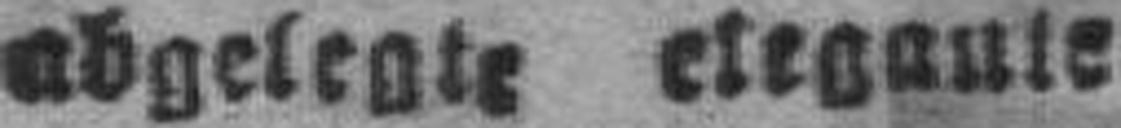
abgelegte elegante